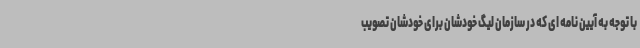
با توجه به آیین نامه ای که در سازمان لیگ خودشان برای خودشان تصویب